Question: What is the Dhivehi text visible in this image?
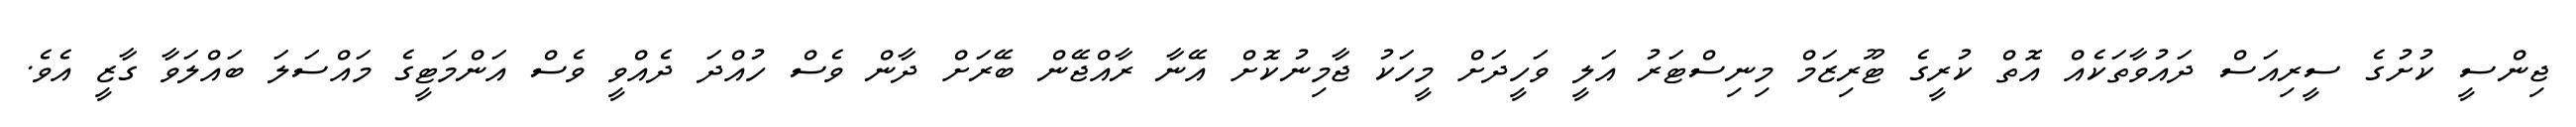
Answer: ޖިންސީ ކުށުގެ ސީރިއަސް ދައުވާތަކެއް އޮތް ކުރީގެ ޓޫރިޒަމް މިނިސްޓަރު އަލީ ވަހީދަށް މީހަކު ޖާމިނުކޮށް އޭނާ ރާއްޖޭން ބޭރަށް ދާން ވެސް ހުއްދަ ދެއްވީ ވެސް އަންމަޓީގެ މައްސަލަ ބައްލަވާ ގާޒީ އެވެ.